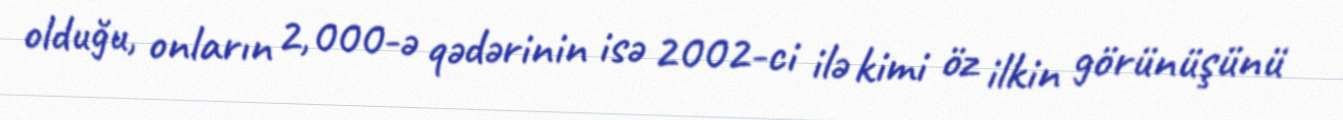
olduğu, onların 2,000-ə qədərinin isə 2002-ci ilə kimi öz ilkin görünüşünü